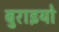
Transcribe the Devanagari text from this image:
बुराइयो